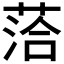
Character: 𫈰